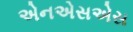
એનએસએસ